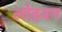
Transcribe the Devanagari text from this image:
लोहवन